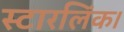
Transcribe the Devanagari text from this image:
स्टारलिंक।